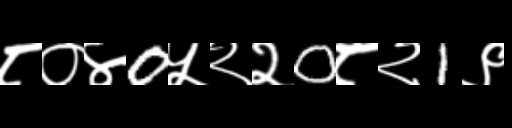
Text: ८०४0५२२0८२1९